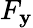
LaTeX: F_{\mathbf{y}}